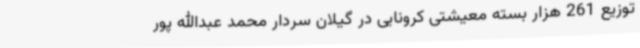
توزیع 261 هزار بسته معیشتی کرونایی در گیلان سردار محمد عبدالله پور